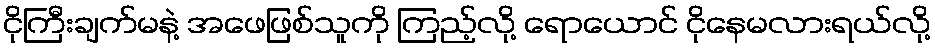
ငိုကြီးချက်မနဲ့ အဖေဖြစ်သူကို ကြည့်လို့ ရောယောင် ငိုနေမလားရယ်လို့